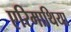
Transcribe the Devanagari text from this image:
एरिमाथिया